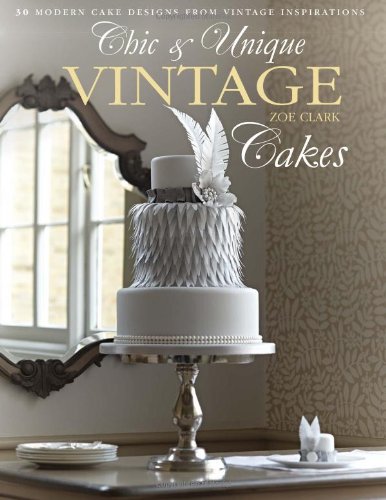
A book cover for Chic & Unique Vintage Cakes: 30 Modern Cake Designs from Vintage Inspirations; Zoe Clark; Cookbooks, Food & Wine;